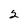
Character: 2